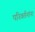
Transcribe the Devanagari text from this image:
परिवर्तनांना